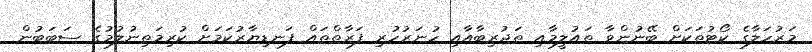
މަރުހަލާގެ ކޯޓުތަކަށް ބޭނުންވާ ތައުލީމާއި ތަޖުރިބާއާއި ހުނަރުހުރި ފަރާތްތައް ފަނޑިޔާރުކަމަށް ކުރިމަތިނުލުމުގެ ސަބަބުން